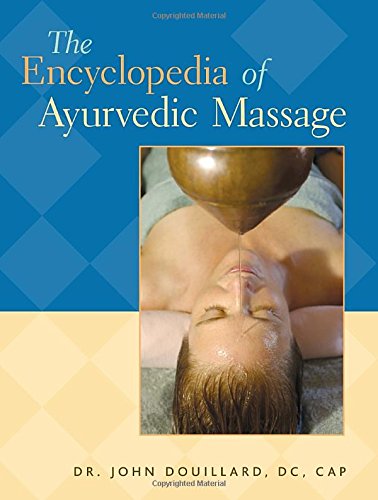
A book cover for The Encyclopedia of Ayurvedic Massage; Dr. John Douillard DC  CAP; Health, Fitness & Dieting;